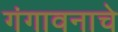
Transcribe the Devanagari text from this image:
गंगावनाचे